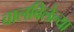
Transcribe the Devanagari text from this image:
चालविलेल्‍या